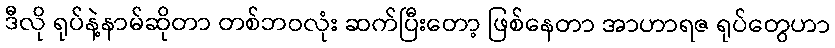
ဒီလို ရုပ်နဲ့နာမ်ဆိုတာ တစ်ဘဝလုံး ဆက်ပြီးတော့ ဖြစ်နေတာ အာဟာရဇ ရုပ်တွေဟာ